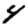
Digit: 4